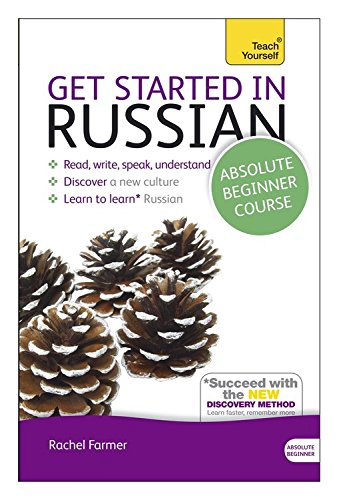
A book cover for Get Started in Russian Absolute Beginner Course: The essential introduction to reading, writing, speaking and understanding a new language (Teach Yourself); Rachel Farmer; Travel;